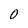
Character: 0